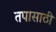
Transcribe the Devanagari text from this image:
तपासाठी